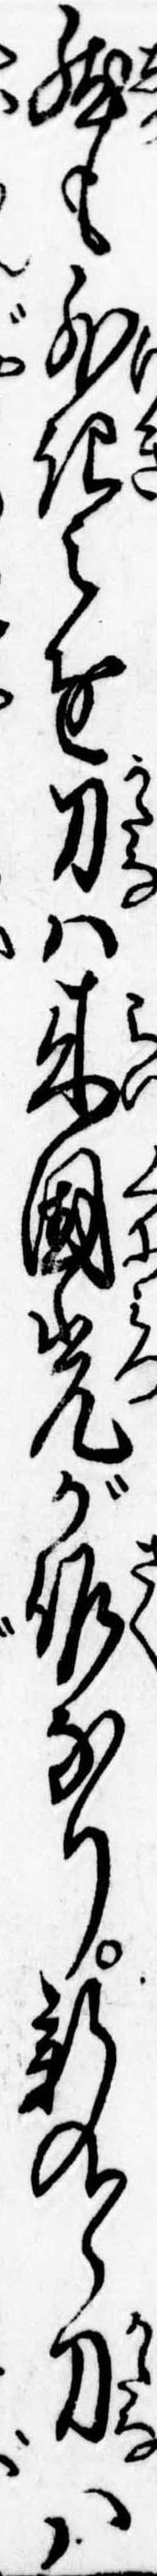
然も外記之進刀は来国光が作なり新九郎刀は